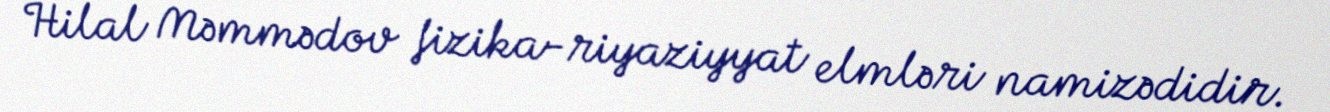
Hilal Məmmədov fizika-riyaziyyat elmləri namizədidir.